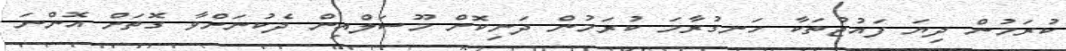
ކުރަމުން ދިޔަ ފައުޖުތަކާ ހަނގުރާމަ ކުރަމުން ދަނިކޮށް މޫސަލްއިން ދެކުނަށްވާ ގޮތަށް އޮންނަ